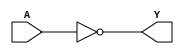
module INVD (
	input A,
	output Y
);
	assign Y = !A;
endmodule